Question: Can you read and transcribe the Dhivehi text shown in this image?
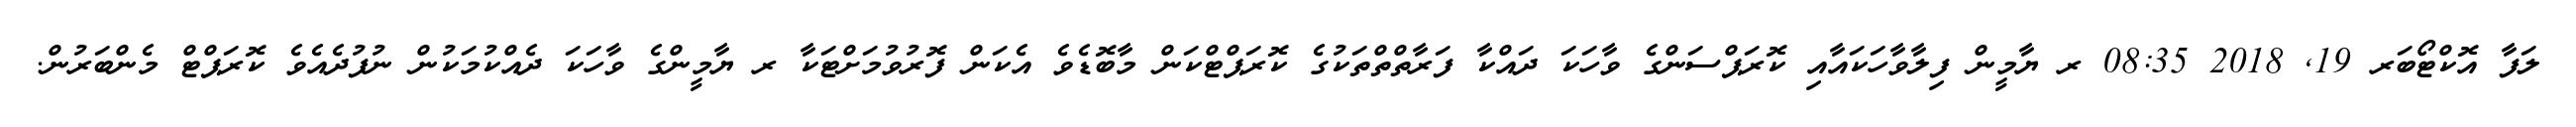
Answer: ލަފާ އޮކްޓޯބަރ 19, 2018 08:35 ރ ޔާމީން ފިލާވާހަކައާއި ކޮރަޕްސަންގެ ވާހަކަ ދައްކާ ފަރާތްތްތަކުގެ ކޮރަޕްޓްކަން މާބޮޑެވެ އެކަން ފޮރުވުމަށްޓަކާ ރ ޔާމީންގެ ވާހަކަ ދެއްކުމަކުން ނުފުދެއެވެ ކޮރަޕްޓް މެންބަރުން.